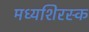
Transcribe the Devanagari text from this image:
मध्यशिरस्क